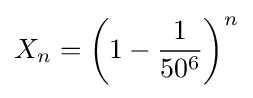
X_{n}=\left(1-{\frac {1}{50^{6}}}\right)^{n}